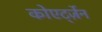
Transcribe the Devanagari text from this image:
कोएर्ट्ज़ेन